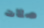
صلات